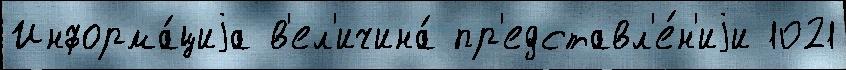
Информа́циjа в'ел'ичина́ пр'едставл'е́н'иjи 1021